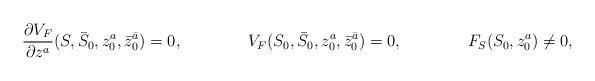
LaTeX: \begin{align*}\frac{\partial V_F}{\partial z^a}(S, \bar S_0, z_0^a, \bar z_0^{\bar a}) =0, \qquad\qquad V_F(S_0, \bar S_0, z_0^a, \bar z_0^{\bar a})=0, \qquad\qquad F_S(S_0, z_0^a) \ne 0,\end{align*}